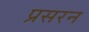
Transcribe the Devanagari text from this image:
प्रसरन